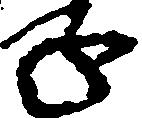
子